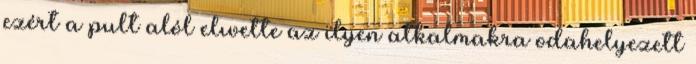
ezért a pult alól elıvette az ilyen alkalmakra odahelyezett